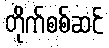
တိုက်စစ်ဆင်